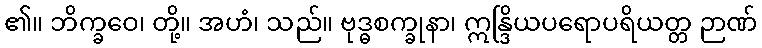
၏။ ဘိက္ခဝေ၊ တို့။ အဟံ၊ သည်။ ဗုဒ္ဓစက္ခုနာ၊ ဣန္ဒြိယပရောပရိယတ္တ ဉာဏ်